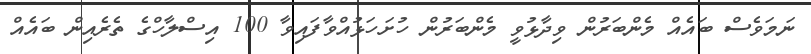
ނަމަވެސް ބައެއް މެންބަރުން ވިދާޅުވީ މެންބަރުން ހުށަހަޅުއްވާފައިވާ 100 އިސްލާހްގެ ތެރެއިން ބައެއް